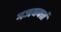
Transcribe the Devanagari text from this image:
गजवक्त्रं